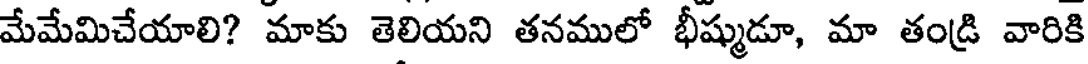
మేమేమిచేయాలి? మాకు తెలియని తనములో భీష్ముడూ, మా తండ్రి వారికి